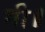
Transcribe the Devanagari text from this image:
मी॥